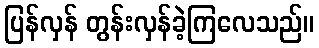
ပြန်လှန် တွန်းလှန်ခဲ့ကြလေသည်။